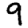
Digit: 9